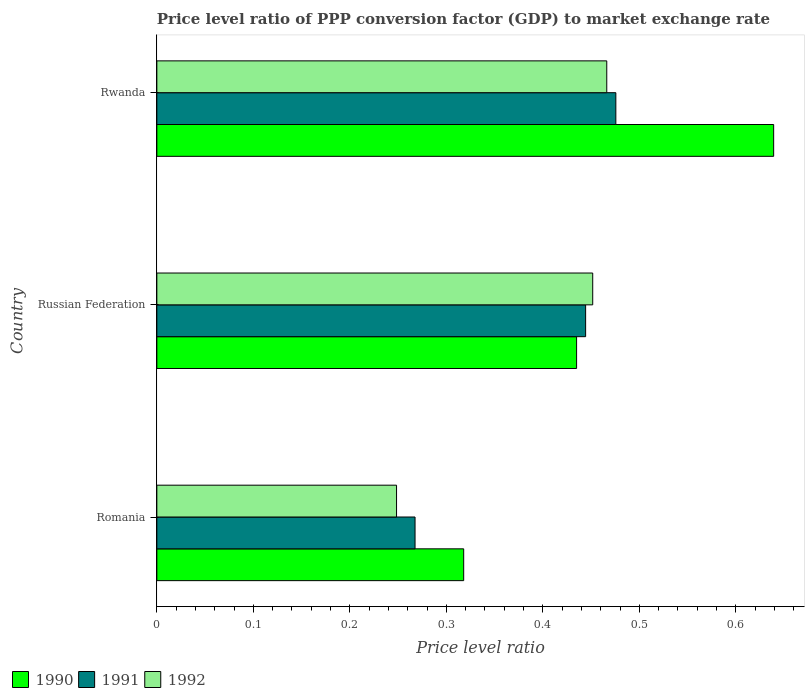
| Country | 1990 | 1991 | 1992 |
 | --- | --- | --- | --- |
 | Romania | 0.318 | 0.268 | 0.248 |
 | Russian Federation | 0.435 | 0.444 | 0.452 |
 | Rwanda | 0.639 | 0.476 | 0.466 |